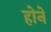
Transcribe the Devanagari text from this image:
हाेने